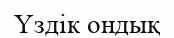
Үздік ондық